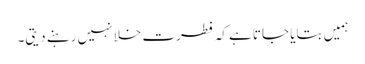
ہمیں بتایا جاتا ہے کہ فطرت خلا نہیں رہنے دیتی۔